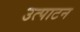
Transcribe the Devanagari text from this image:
उत्पाटन